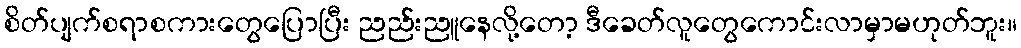
စိတ်ပျက်စရာစကားတွေပြောပြီး ညည်းညူနေလို့တော့ ဒီခေတ်လူတွေကောင်းလာမှာမဟုတ်ဘူး။